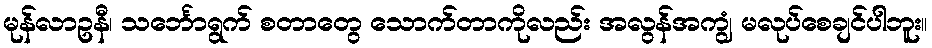
မုန်လာဥနီ၊ သင်္ဘောရွက် စတာတွေ သောက်တာကိုလည်း အလွန်အကျွံ မလုပ်စေချင်ပါဘူး။